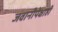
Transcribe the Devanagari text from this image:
जवानीपेक्षाही